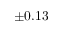
\pm 0 . 1 3